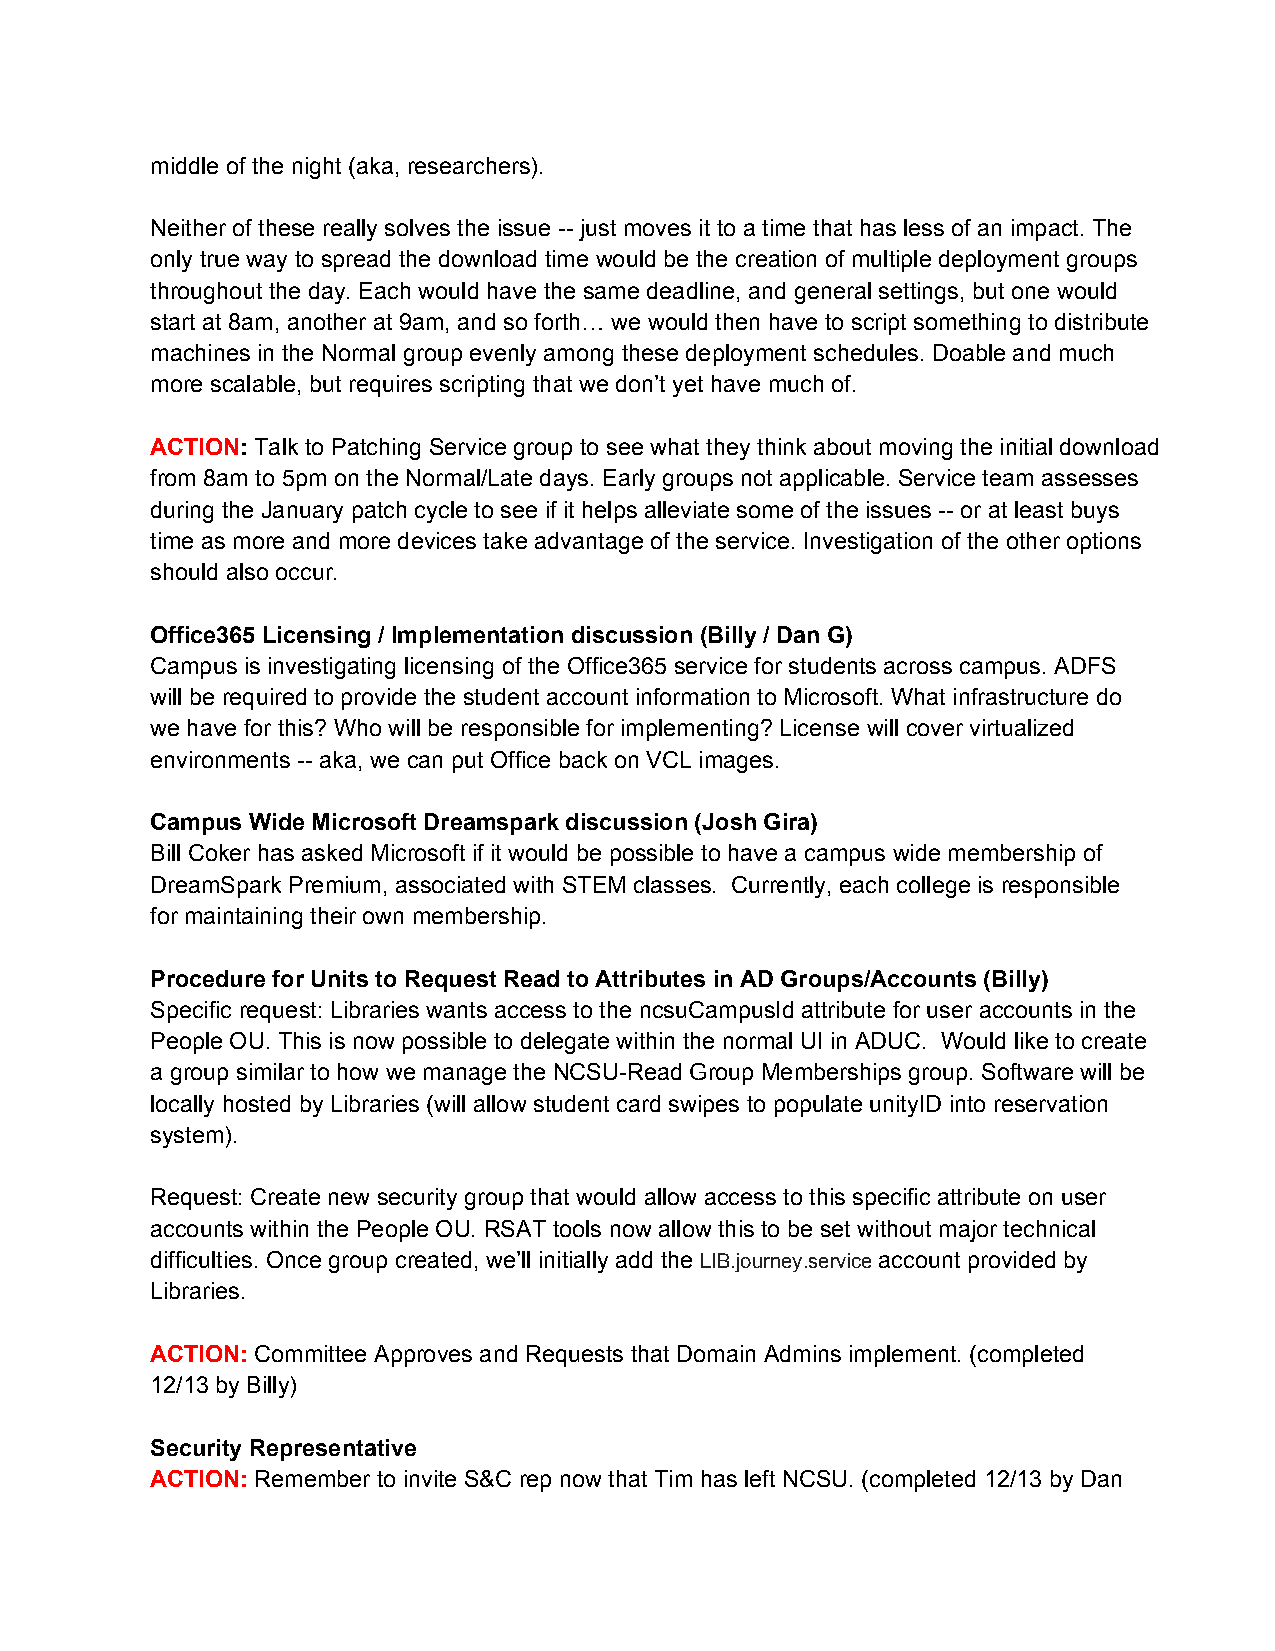
middle of the night (aka, researchers).
 Neither of these really solves the issue ­­ just moves it to a time that has less of an impact. The
 only true way to spread the download time would be the creation of multiple deployment groups
 throughout the day. Each would have the same deadline, and general settings, but one would
 start at 8am, another at 9am, and so forth… we would then have to script something to distribute
 machines in the Normal group evenly among these deployment schedules. Doable and much
 more scalable, but requires scripting that we don’t yet have much of.
 ACTION: Talk to Patching Service group to see what they think about moving the initial download
 from 8am to 5pm on the Normal/Late days. Early groups not applicable. Service team assesses
 during the January patch cycle to see if it helps alleviate some of the issues ­­ or at least buys
 time as more and more devices take advantage of the service. Investigation of the other options
 should also occur.
 Office365 Licensing / Implementation discussion (Billy / Dan G)
 Campus is investigating licensing of the Office365 service for students across campus. ADFS
 will be required to provide the student account information to Microsoft. What infrastructure do
 we have for this? Who will be responsible for implementing? License will cover virtualized
 environments ­­ aka, we can put Office back on VCL images.
 Campus Wide Microsoft Dreamspark discussion (Josh Gira)
 Bill Coker has asked Microsoft if it would be possible to have a campus wide membership of
 DreamSpark Premium, associated with STEM classes. Currently, each college is responsible
 for maintaining their own membership.
 Procedure for Units to Request Read to Attributes in AD Groups/Accounts (Billy)
 Specific request: Libraries wants access to the ncsuCampusId attribute for user accounts in the
 People OU. This is now possible to delegate within the normal UI in ADUC. Would like to create
 a group similar to how we manage the NCSU­Read Group Memberships group. Software will be
 locally hosted by Libraries (will allow student card swipes to populate unityID into reservation
 system).
 Request: Create new security group that would allow access to this specific attribute on user
 accounts within the People OU. RSAT tools now allow this to be set without major technical
 difficulties. Once group created, we’ll initially add the LIB.journey.service account provided by
 Libraries.
 ACTION: Committee Approves and Requests that Domain Admins implement. (completed
 12/13 by Billy)
 Security Representative
 ACTION: Remember to invite S&C rep now that Tim has left NCSU. (completed 12/13 by Dan